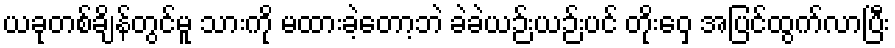
ယခုတစ်ချိန်တွင်မူ သားကို မထားခဲ့တော့ဘဲ ခဲခဲယဉ်းယဉ်းပင် တိုးဝှေ့ အပြင်ထွက်လာပြီး